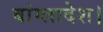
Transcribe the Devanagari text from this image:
बांग्लादेश।